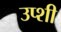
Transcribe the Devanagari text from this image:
उप्शी